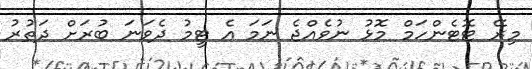
މިރޭ ޓޮޓެންހަމް މޮޅު ނުވެއްޖެ ނަމަ އެ ޓީމު ދެވަނަ ބުރަށް ދަތުރު